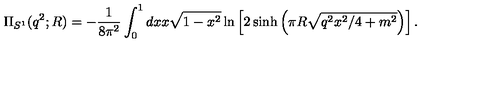
\Pi _ { S ^ { 1 } } ( q ^ { 2 } ; R ) = - { \frac { 1 } { 8 \pi ^ { 2 } } } \int _ { 0 } ^ { 1 } d x x \sqrt { 1 - x ^ { 2 } } \ln \left[ 2 \sinh \left( \pi R \sqrt { q ^ { 2 } x ^ { 2 } / 4 + m ^ { 2 } } \right) \right] .